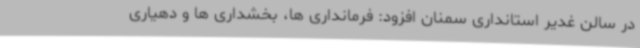
در سالن غدیر استانداری سمنان افزود: فرمانداری ها، بخشداری ها و دهیاری